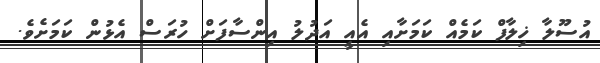
އުސޫލާ ޚިލާފް ކަމެއް ކަމަށާއި އެއީ އަދުލު އިންސާފަށް ހުރަސް އެޅުން ކަމަށެވެ.